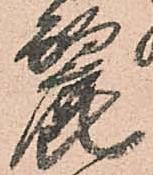
麗